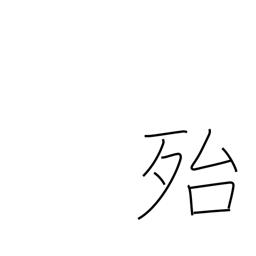
Meaning: really